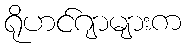
ရိုဟင်ဂျာများက